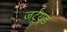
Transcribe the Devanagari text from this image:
जर्ट्र्यूड